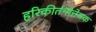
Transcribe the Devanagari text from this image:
हरिकीर्तनोत्तेजक